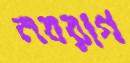
নবরাগ